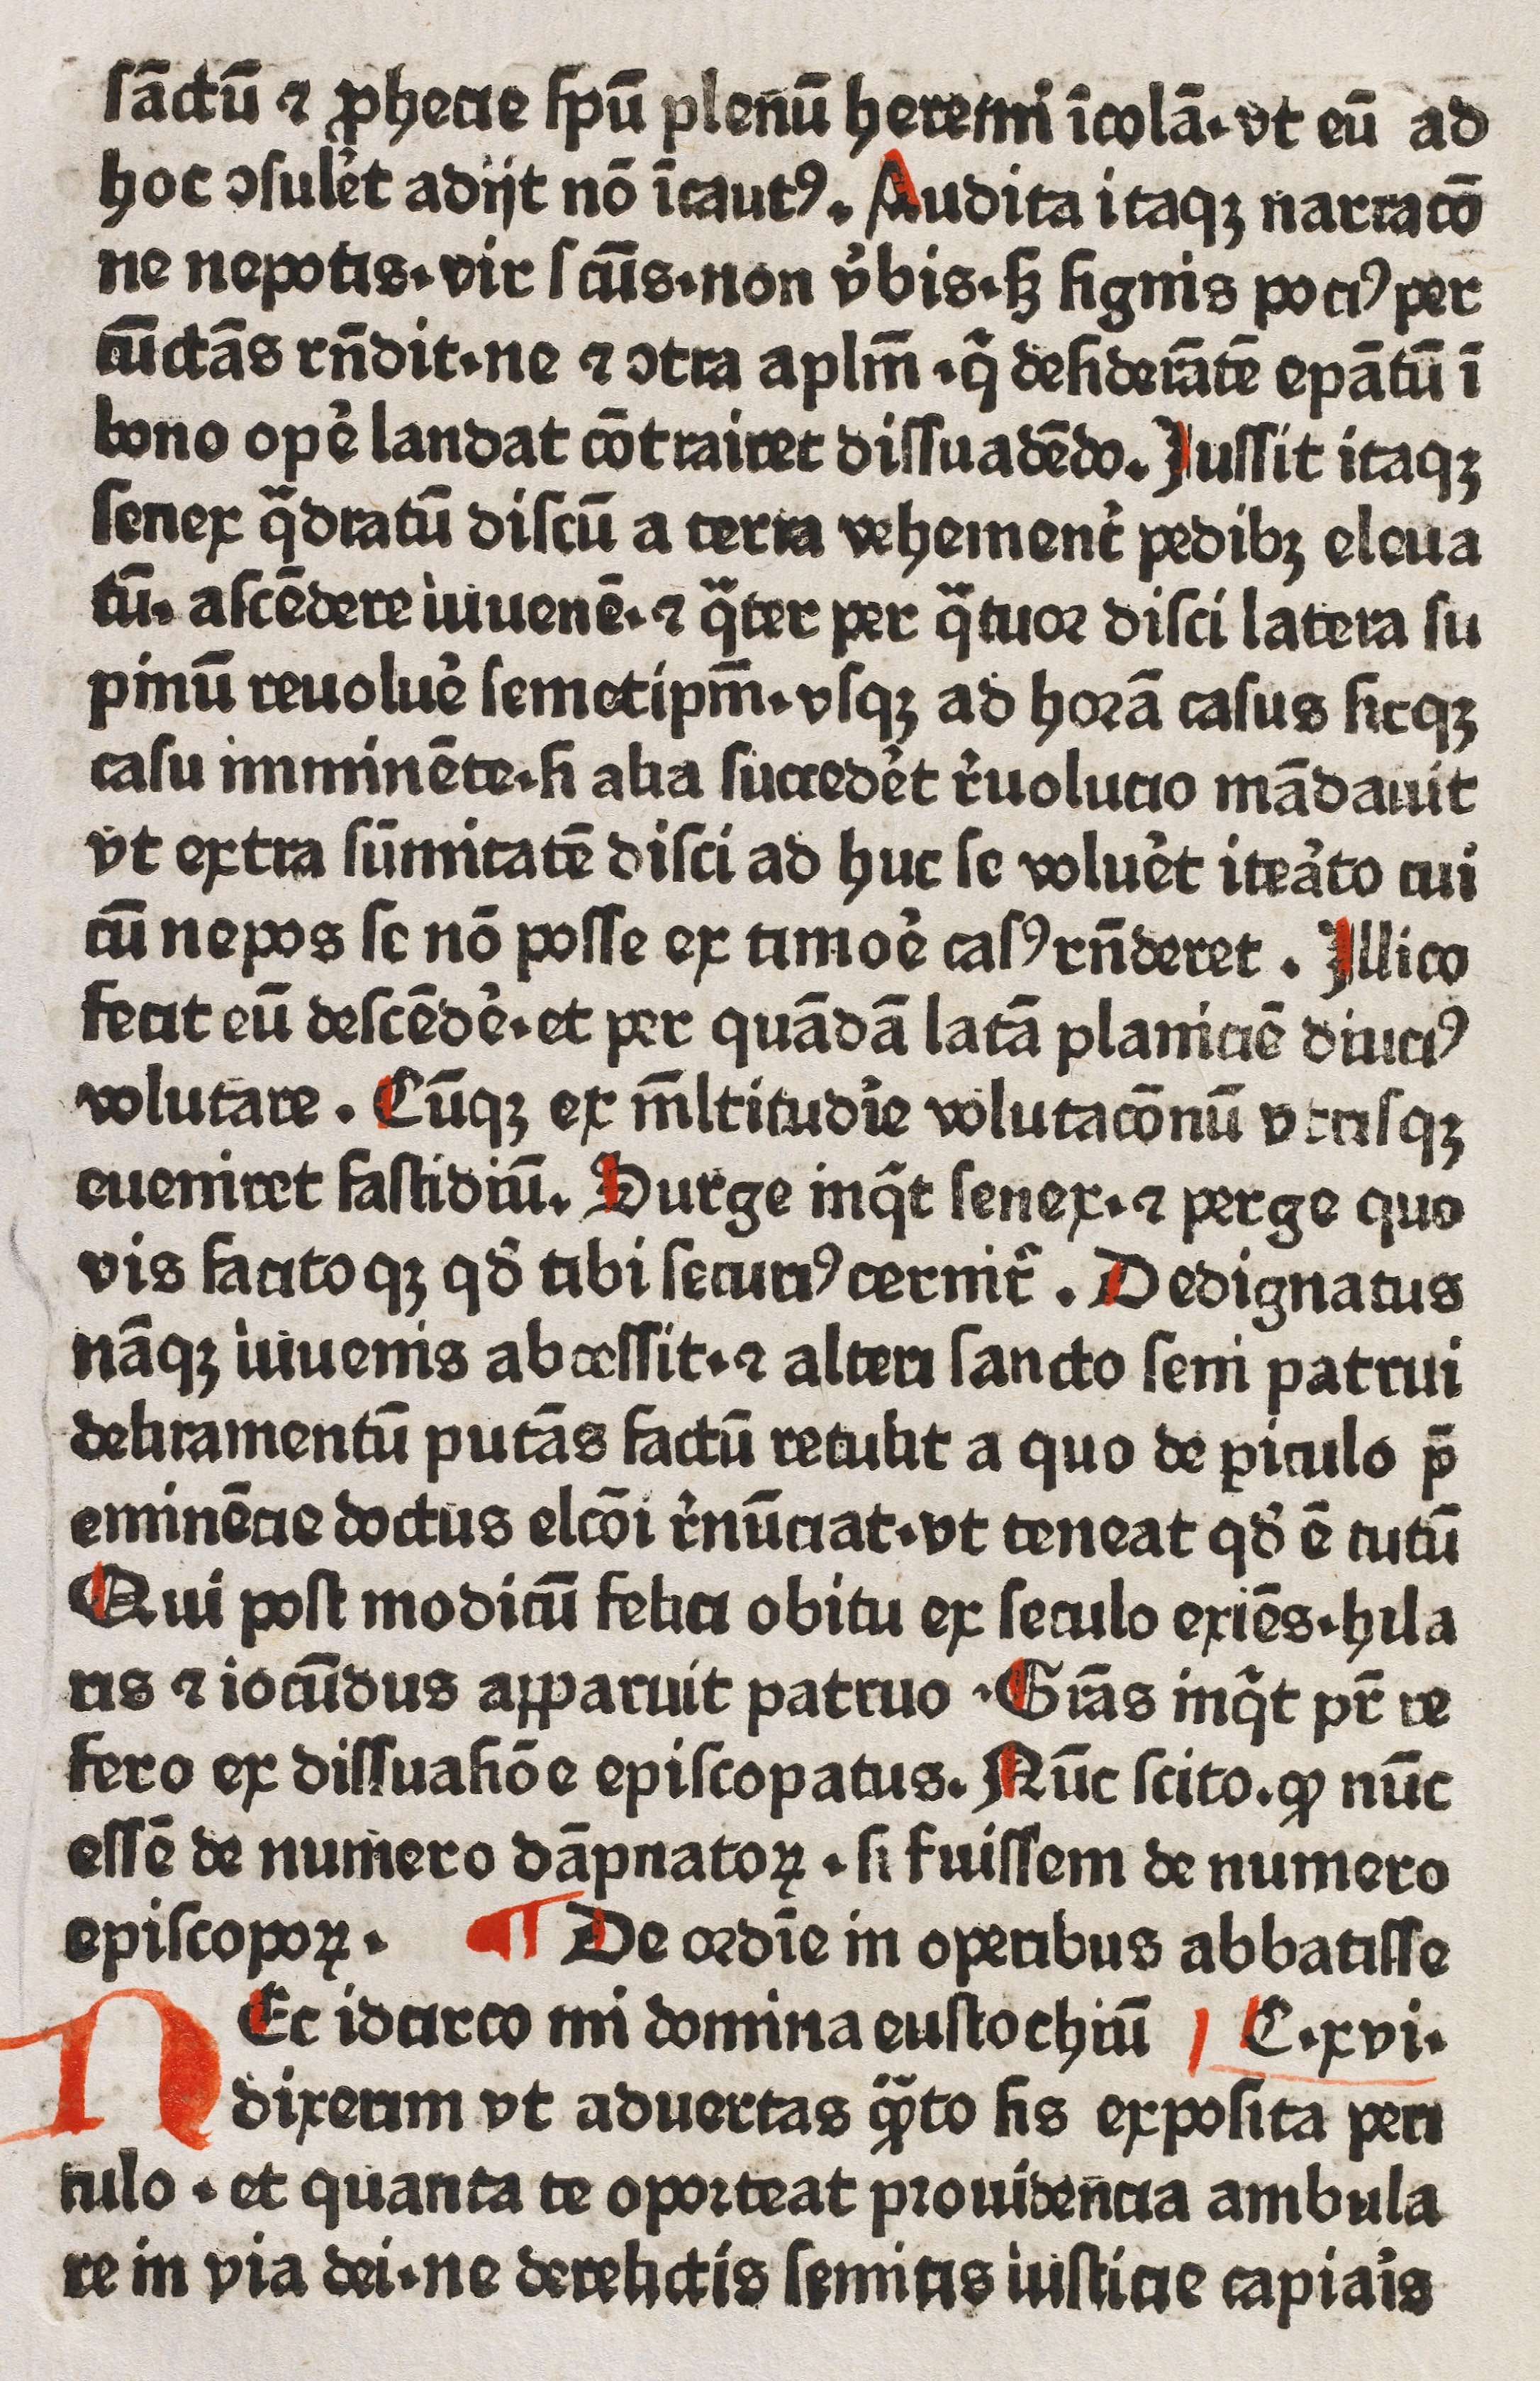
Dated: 1400–1499